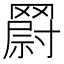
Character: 𮊘